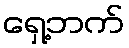
ရှေ့ဘက်